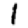
Digit: 1